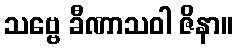
သဗ္ဗေ ခီဏာသဝါ ဇိနာ။